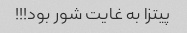
پیتزا به غایت شور بود!!!